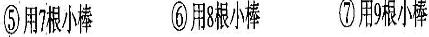
⑤用7根小棒 ⑥用8根小棒 ⑦用9根小棒